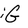
Character: G